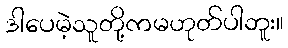
ဒါပေမဲ့သူတို့ကမဟုတ်ပါဘူး။